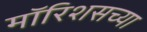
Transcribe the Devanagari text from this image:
मॉरिशसच्या